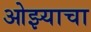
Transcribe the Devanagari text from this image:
ओझ्याचा